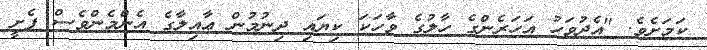
ކަމަށެވެ. "އެދުވަހު އަހަރެންގެ ހާލުގެ ވާހަކަ ކިޔައި ދިނުމުން ޢާއިލާގެ އެންމެންވެސް ފެށީ